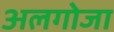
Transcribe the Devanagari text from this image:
अलगोजा